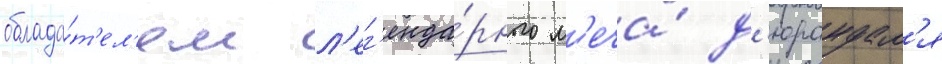
облада́т'ел'ем л'ег'енда́рного м'еча́ д'юрандал'я